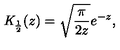
{ \mathit { K } } _ { \frac { 1 } { 2 } } ( z ) = \sqrt { \frac { \pi } { 2 z } } e ^ { - z } ,